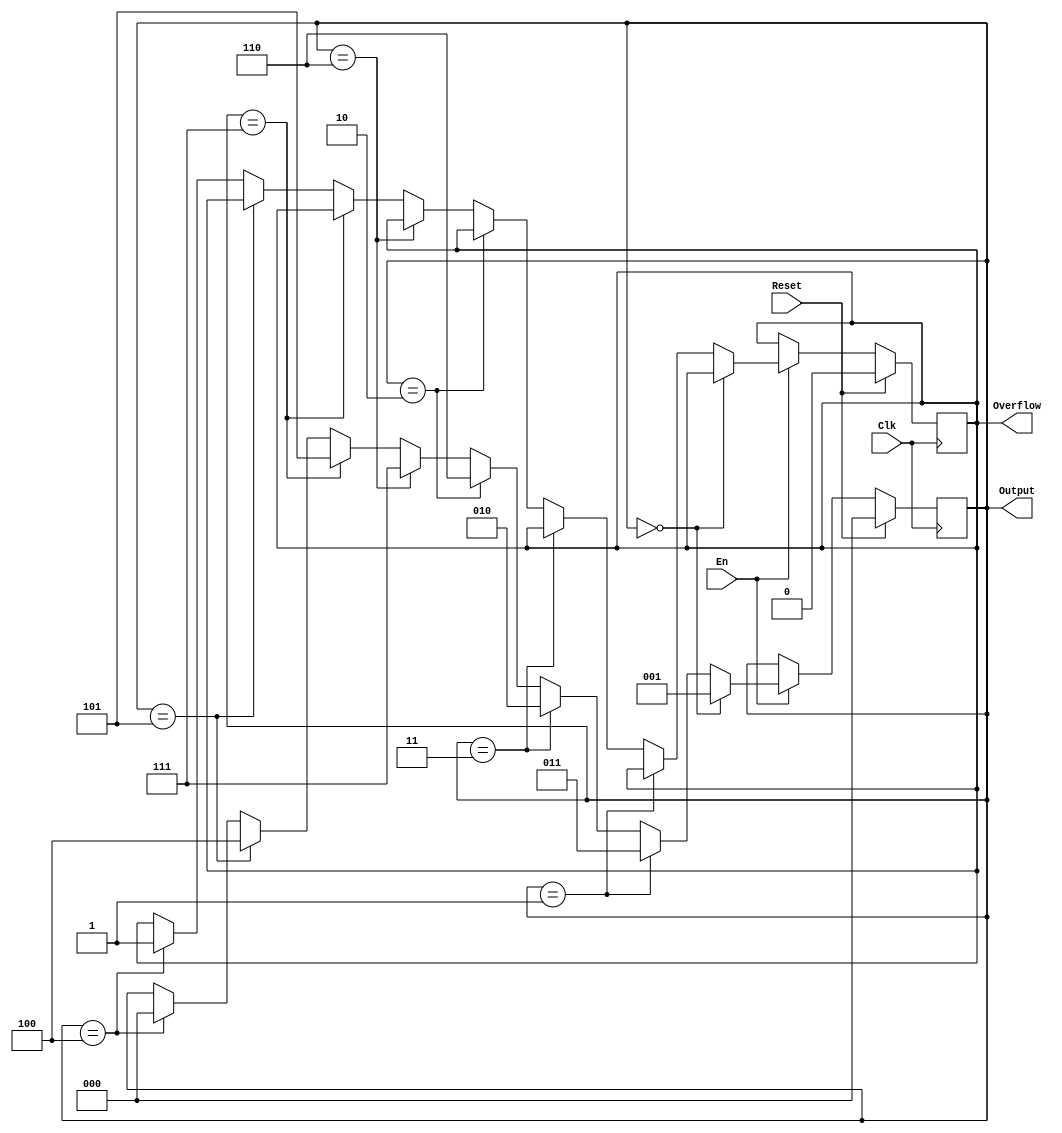
`timescale 1ns / 1ps
//////////////////////////////////////////////////////////////////////////////////
// Company: 
// Engineer: 
// 
// Design Name: 
// Module Name:    gray 
// Project Name: 
// Target Devices: 
// Tool versions: 
// Description: 
//
// Dependencies: 
//
// Revision: 
// Revision 0.01 - File Created
// Additional Comments: 
//
//////////////////////////////////////////////////////////////////////////////////
module gray(
    input Clk,
    input Reset,
    input En,
    output [2:0] Output,
    output Overflow
    );

reg [2:0] net;
initial begin
	net = 3'b000;
end

reg over;
initial begin
	over = 0;
end

assign Output = net;

assign Overflow = over;

always @(posedge Clk)
begin
	if(Reset)  begin
		net <= 3'b000;
		over <= 0;
	end
	else if(En)  begin
		if(net == 3'b000) begin
			net <= 3'b001;
		end 
		else if(net == 3'b001) begin
			net <= 3'b011;
		end 
		else if(net == 3'b011) begin
			net <= 3'b010;
		end
		else if(net == 3'b010) begin
			net <= 3'b110;
		end
		else if(net == 3'b110) begin
			net <= 3'b111;
		end
		else if(net == 3'b111) begin
			net <= 3'b101;
		end
		else if(net == 3'b101) begin
			net <= 3'b100;
		end
		else if(net == 3'b100) begin
			net <= 3'b000;
			over <= 1;
		end
		else begin
			net <= net;
		end
	end
		
end
	
endmodule